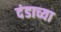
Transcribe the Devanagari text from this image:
दंडाच्या